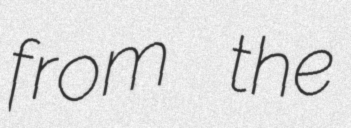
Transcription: from the